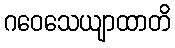
ဂဝေသေယျာထာတိ